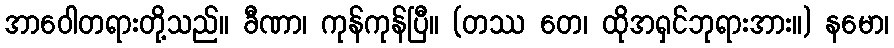
အာဝေါတရားတို့သည်။ ခီဏာ၊ ကုန်ကုန်ပြီ။ (တဿ တေ၊ ထိုအရှင်ဘုရားအား။) နမော၊